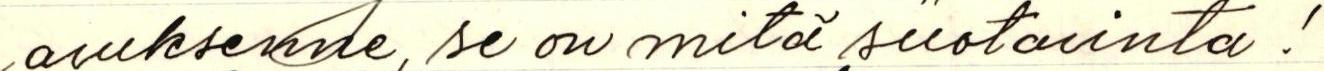
avuksenne, se on mitä suotavinta!